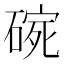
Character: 𱴣